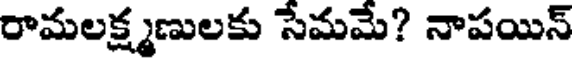
రామలక్ష్మణులకు సేమమే? నాపయిన్